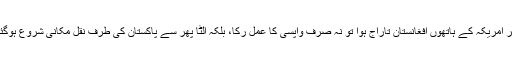
پھر امریکہ کے ہاتھوں افغانستان تاراج ہوا تو نہ صرف واپسی کا عمل رکا، بلکہ الٹا پھر سے پاکستان کی طرف نقل مکانی شروع ہوگئی۔